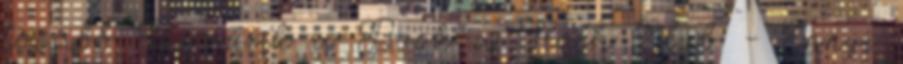
tovább Búcsúzik a Book a Sloth Club - Ennyi